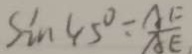
\sin 4 5 ^ { \circ } \div \frac { A F } { A E }